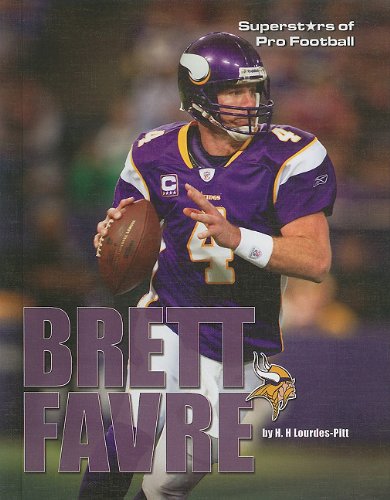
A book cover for Brett Favre (Superstars of Pro Football); H. H. Lourdes-Pitt; Teen & Young Adult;